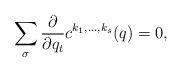
LaTeX: \begin{align*}\sum_{\sigma}{\partial\over{\partial q_t}}c^{k_1,\ldots,k_s}(q) =0,\end{align*}